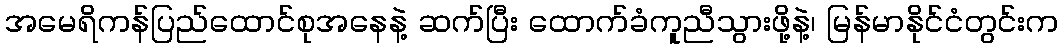
အမေရိကန်ပြည်ထောင်စုအနေနဲ့ ဆက်ပြီး ထောက်ခံကူညီသွားဖို့နဲ့၊ မြန်မာနိုင်ငံတွင်းက